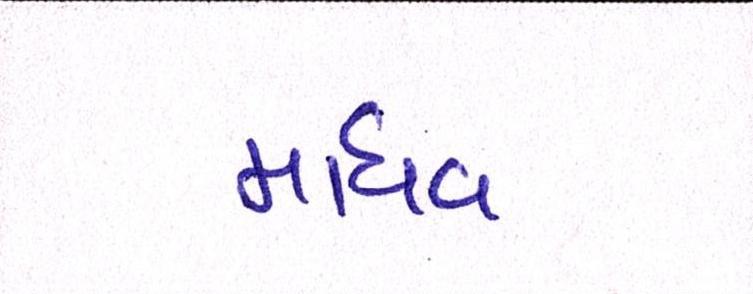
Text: માધવ